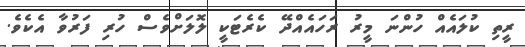
ރީތި ކުލައެއް ހުންނަ މީރު ރަހައެއްދޭ ކެރެޓަކީ ލޮލަށްވެސް ހުރި ފަރުވާ އެކެވެ.